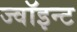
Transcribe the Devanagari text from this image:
ज्वॉइन्ट